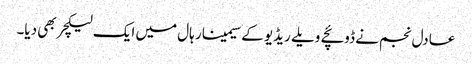
عادل نجم نے ڈوئچے ویلے ریڈیو کے سیمینار ہال میں ایک لیکچر بھی دیا۔